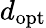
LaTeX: d_{\mathrm{opt}}